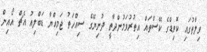
ވިލާތުގައި ކޮވިޑްގެ ކޭސްތައް އިތުރުވަމުންދާތީ ދުނިޔޭގެ ސިއްހަތު ޖަމިއްޔާ ޑަބްލިއު އެޗް އޯއިން